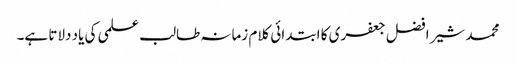
محمد شیر افضل جعفری کا ابتدائی کلام زمانہ طالب علمی کی یاد دلاتا ہے۔